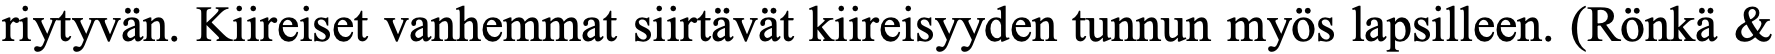
riytyvän. Kiireiset vanhemmat siirtävät kiireisyyden tunnun myös lapsilleen. (Rönkä &